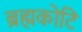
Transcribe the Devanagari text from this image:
ब्रह्मकोटि